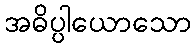
အဓိပ္ပါယောသော